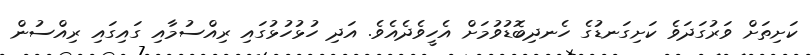
ކަށިތަށް ވަރުގަދަވެ ކަށިގަނޑުގެ ހެނދިބޮޑުވުމަށް އެހީވެދެއެވެ. އަދި ހުޅުހުޅުގައި ރިއްސުމާއި ގައިގައި ރިއްސުން